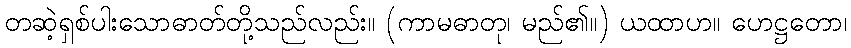
တဆဲ့ရှစ်ပါးသောဓာတ်တို့သည်လည်း။ (ကာမဓာတု၊ မည်၏။) ယထာဟ။ ဟေဋ္ဌတော၊